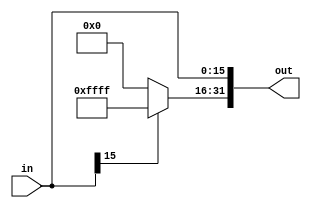
/**
  * Sign Extends module 
  *
  * Extends the sign of a 16 bit number to a 32 bit number accroding the MSB
  *
  */

module SignExtend(out, in);
	output reg[31:0] out;
	input wire [15:0] in;

	always@(in) begin
		out[15:0] = in[15:0];
		if(in[15])
			out[31:16] = 16'hFFFF;
		else
			out[31:16] = 16'h0000;
	end

endmodule